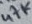
Text: 47K